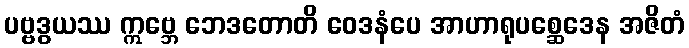
ပဗ္ဗဒွယဿ ဣဗ္ဘေ ဘေဒတောတိ ဝေဒနံပေ အာဟာရုပစ္ဆေဒေန အဇိတံ